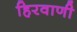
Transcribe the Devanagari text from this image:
हिरवाणी